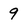
Character: 9